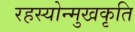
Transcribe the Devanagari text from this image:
रहस्योन्मुखकृति